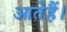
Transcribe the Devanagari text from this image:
आतेहैं।